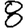
Digit: 8